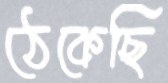
ঠেকেছি